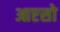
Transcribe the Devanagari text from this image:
आएसो